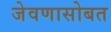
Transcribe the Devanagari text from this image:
जेवणासोबत